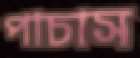
পাচাস